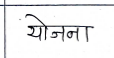
मजकूर: योजना